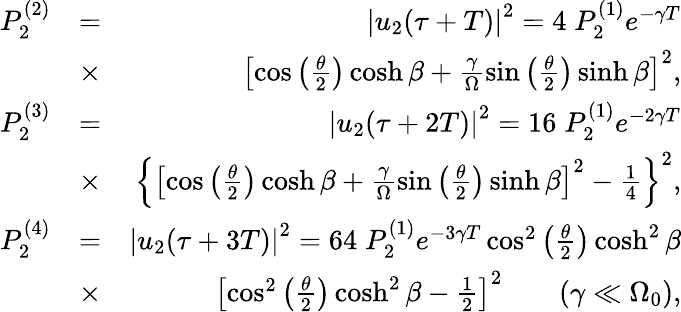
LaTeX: \begin{array}{rlr}{P_{2}^{(2)}}&{=}&{\left|u_{2}(\tau+T)\right|^{2}=4\; P_{2}^{(1)}e^{-\gamma T}}\\ &{\times}&{\left[\cos\left(\frac{\theta}{2}\right)\cosh\beta+\frac{\gamma}{\Omega}\sin\left(\frac{\theta}{2}\right)\sinh\beta\right]^{2},}\\ {P_{2}^{(3)}}&{=}&{\left|u_{2}(\tau+2T)\right|^{2}=16\; P_{2}^{(1)}e^{-2\gamma T}}\\ &{\times}&{\left\{ \left[\cos\left(\frac{\theta}{2}\right)\cosh\beta+\frac{\gamma}{\Omega}\sin\left(\frac{\theta}{2}\right)\sinh\beta\right]^{2}-\frac{1}{4}\right\} ^{2},}\\ {P_{2}^{(4)}}&{=}&{\left|u_{2}(\tau+3T)\right|^{2}=64\; P_{2}^{(1)}e^{-3\gamma T}\cos^{2}\left(\frac{\theta}{2}\right)\cosh^{2}\beta}\\ &{\times}&{\left[\cos^{2}\left(\frac{\theta}{2}\right)\cosh^{2}\beta-\frac{1}{2}\right]^{2}\qquad(\gamma\ll\Omega_{0}),}\end{array}